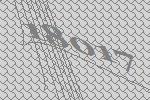
18017